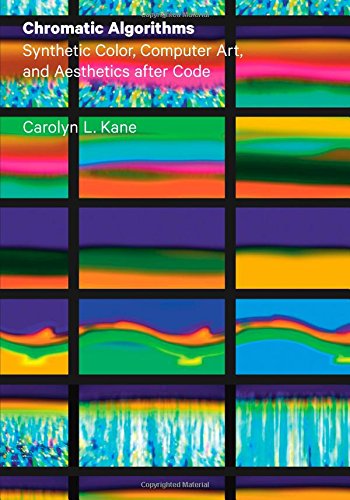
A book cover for Chromatic Algorithms: Synthetic Color, Computer Art, and Aesthetics after Code; Carolyn L. Kane; Computers & Technology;